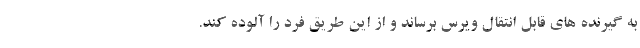
به گیرنده های قابل انتقال ویرس برساند و از این طریق فرد را آلوده کند.